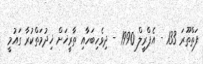
ފަތްތޫރަ 133 - އެޕްރީލް 1990 - ދިވެހިބަހާއި ތާރީޚަށް ޚިދުމަތްކުރާ ގައުމީ